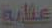
عنايه